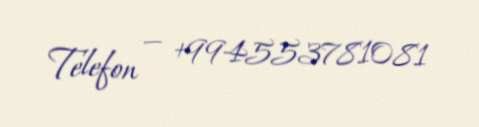
Telefon — +994553781081